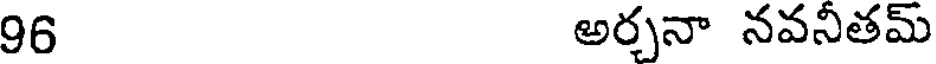
96 అర్చనా నవనీతమ్